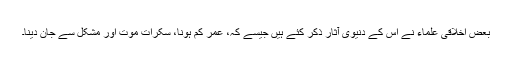
بعض اخلاقی علماء نے اس کے دنیوی آثار ذکر کئے ہیں جیسے کہ، عمر کم ہونا، سکرات موت اور مشکل سے جان دینا۔